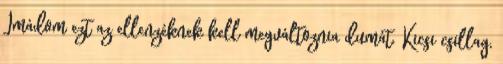
Imádom ezt az ellenzéknek kell megváltoznia dumát. Kicsi csillag,